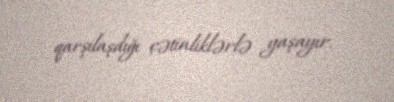
qarşılaşdığı çətinliklərlə yaşayır.